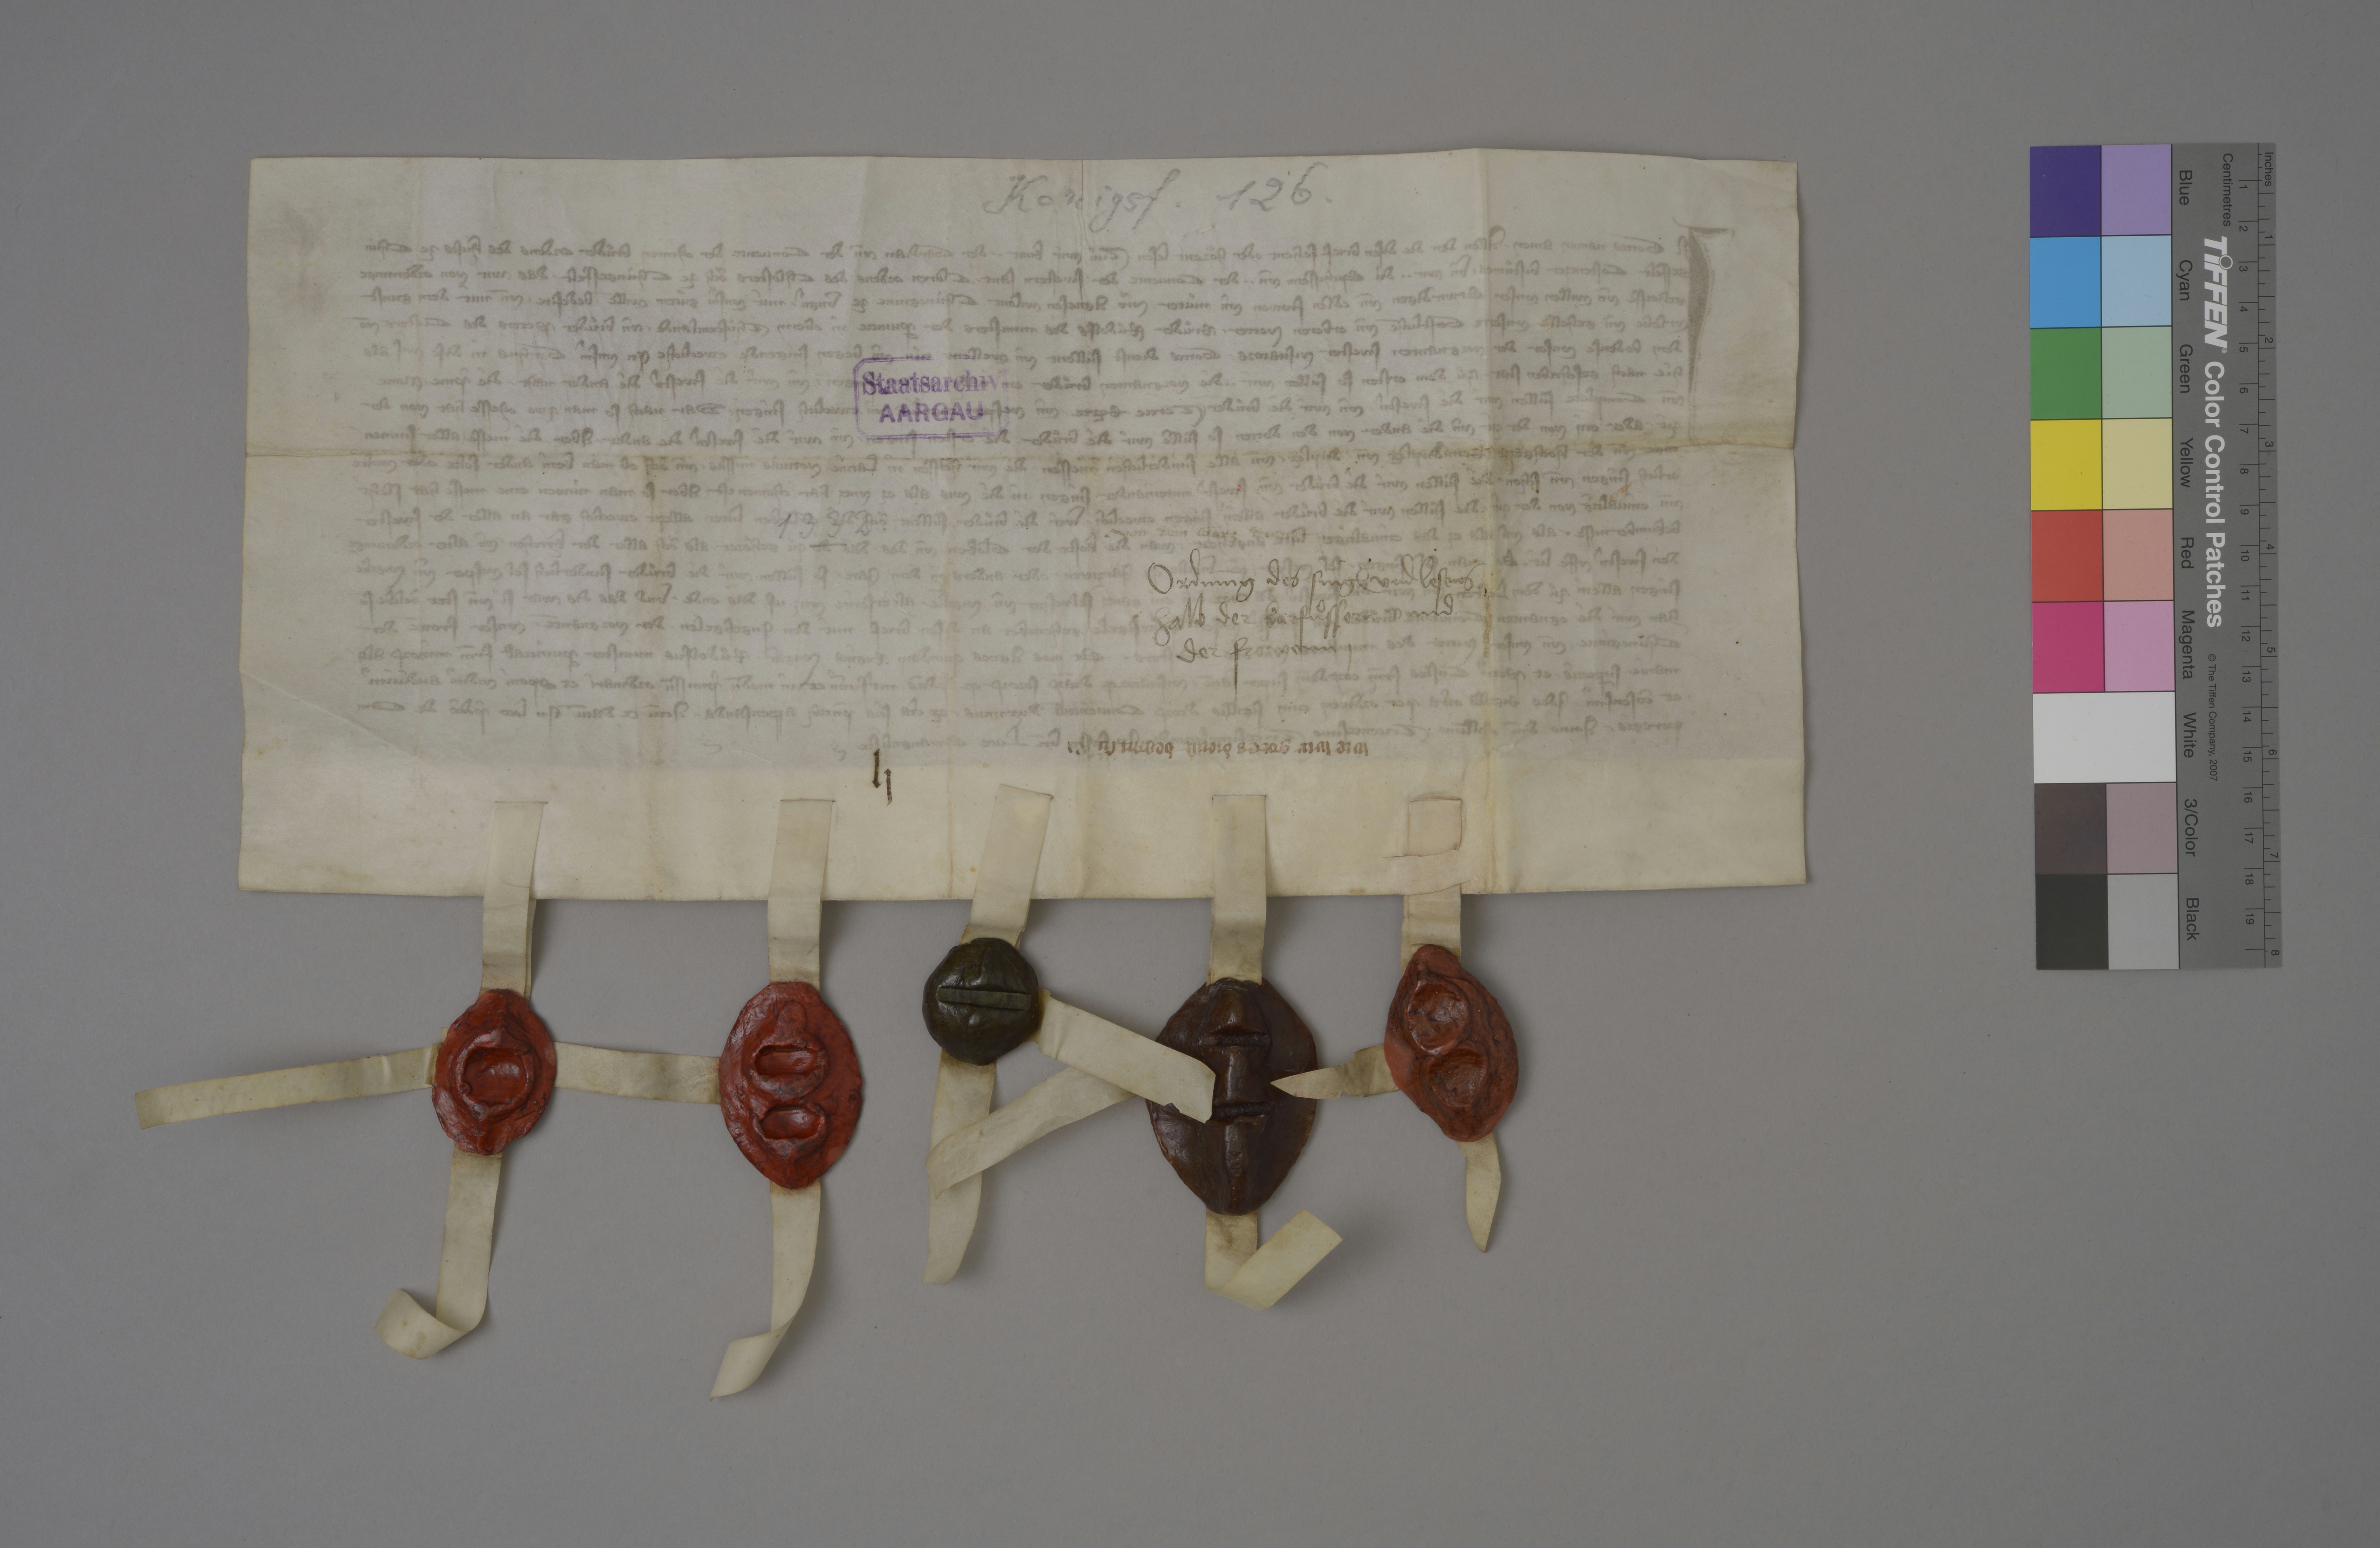
Konigsf. 126.

Staatsarchiv
AARGAU

1332 .

von dem gotz dienst

ordnung des sing₎ und lesens
halb der Barfuͦssern und
der froͧwenn ✳

wie wir gotes dienst began su

xj

lj